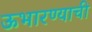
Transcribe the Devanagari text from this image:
ऊभारण्याची